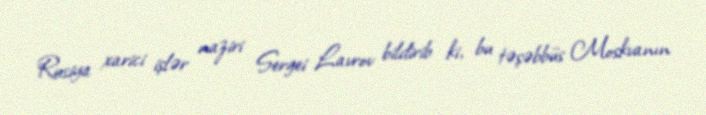
Rusiya xarici işlər naziri Sergei Lavrov bildirib ki, bu təşəbbüs Moskvanın